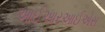
આઈઆરઆઈએસ